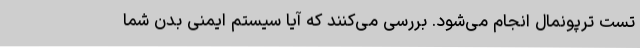
تست ترپونمال انجام می‌شود. بررسی می‌کنند که آیا سیستم ایمنی بدن شما